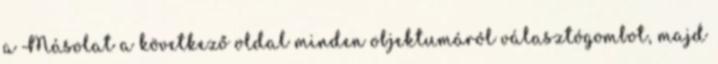
a Másolat a következő oldal minden objektumáról választógombot, majd